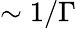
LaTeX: \sim 1/\Gamma